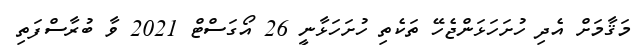
މަޤާމަށް އެދި ހުށަހަޅަންޖެހޭ ތަކެތި ހުށަހަޅާނީ 26 އޯގަސްޓް 2021 ވާ ބުރާސްފަތި